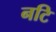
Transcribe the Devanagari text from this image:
नटि